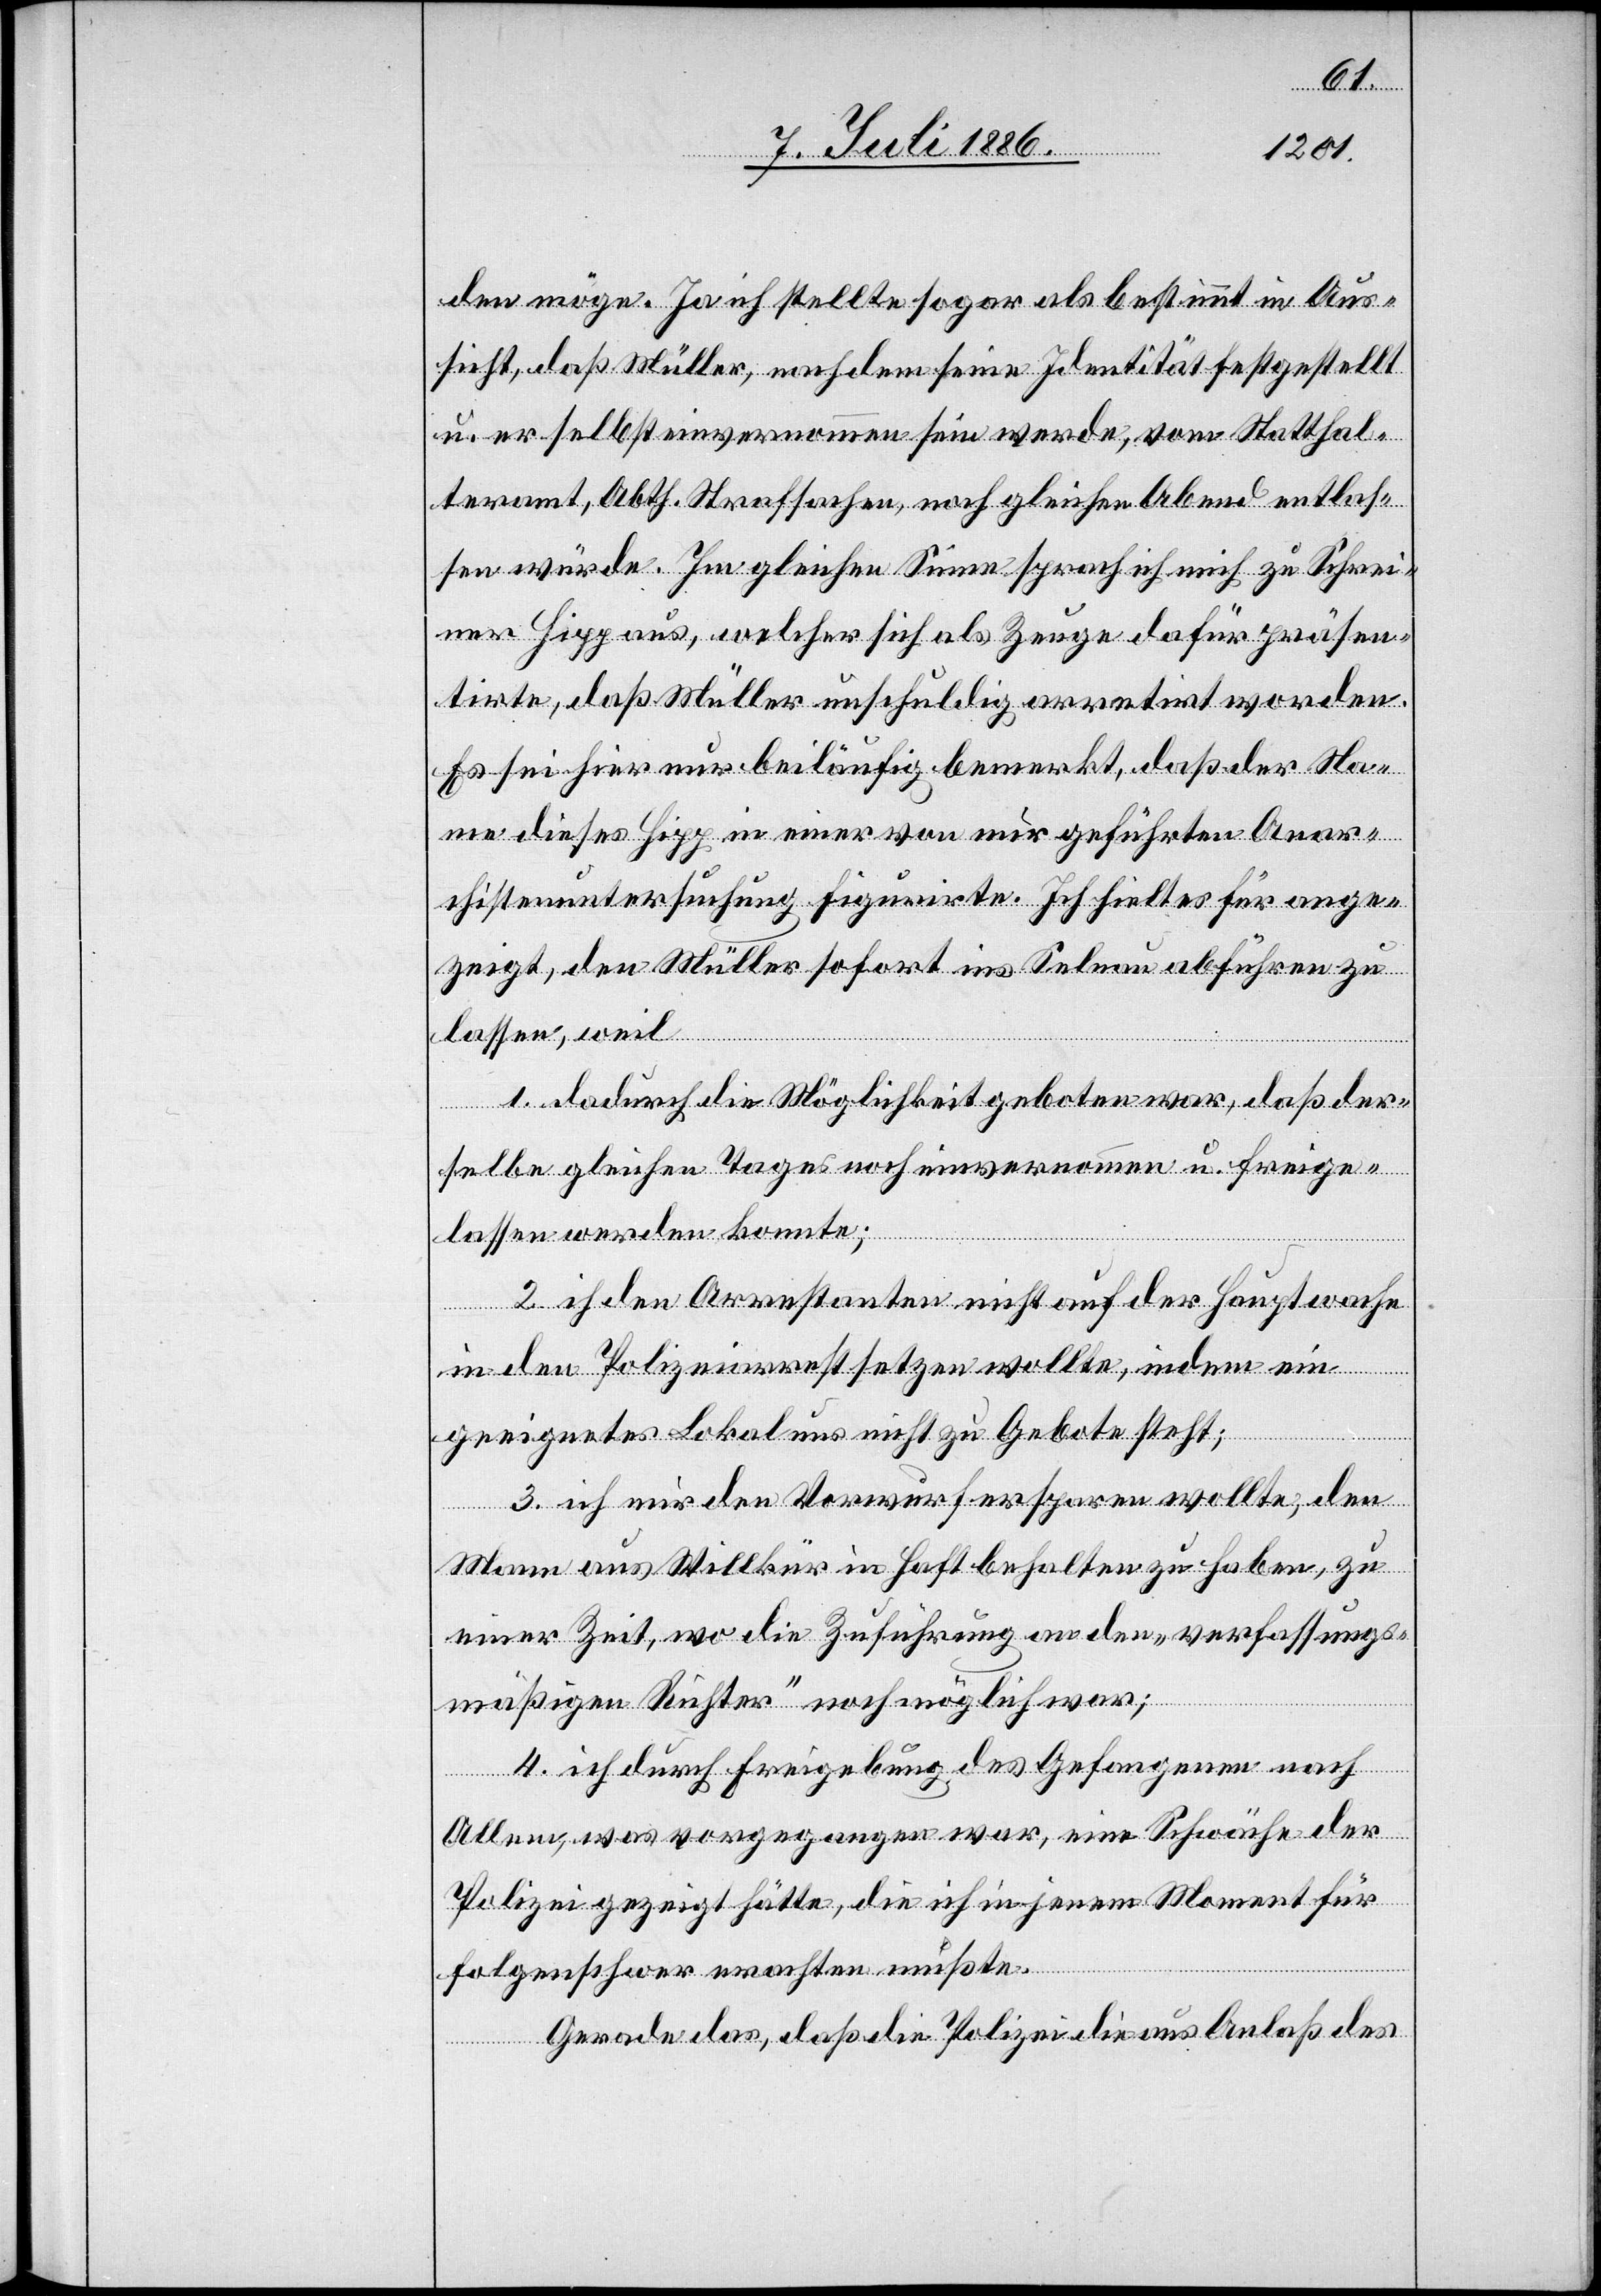
den möge. Ja ich stellte sogar als bestimmt in Aus¬
sicht, daß Müller, nachdem seine Identität festgestellt
u. er selbst einvernommen sein werde, vom Statthal¬
teramt, Abth. Strafsachen, noch [am] gleichen Abend entlas¬
sen würde. Im gleichen Sinne sprach ich mich zu Schrei¬
ner Hipp aus, welcher sich als Zeuge dafür präsen¬
tirte, daß Müller unschuldig arretirt worden.
Es sei hier nur beiläufig bemerkt, daß der Na¬
me dieses Hipp in einer von mir geführten Anar¬
chistenuntersuchung figurirte. Ich hielt es für ange¬
zeigt, den Müller sofort ins Selnau abführen zu
lassen, weil
1. dadurch die Möglichkeit geboten war, daß der¬
selbe gleichen Tages noch einvernommen u. freige¬
lassen werden konnte;
2. i[c]h den Arrestanten nicht auf der Hauptwache
in den Polizeiarrest setzen wollte, indem ein
geeignetes Lokal uns nicht zu Gebote steht;
3. ich mir den Vorwurf ersparen wollte, den
Mann aus Willkür in Haft behalten zu haben, zu
einer Zeit, wo die Zuführung an den „verfassungs¬
mäßigen Richter“ noch möglich war;
4. ich durch Freigebung des Gefangenen nach
Allem, was vorgegangen war, eine Schwäche der
Polizei gezeigt hätte, die ich in jenem Moment für
folgenschwer erachten mußte.
Gerade das, daß die Polizei die aus Anlaß des